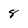
Character: 8